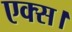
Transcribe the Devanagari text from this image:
एक्स।